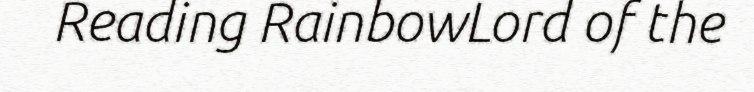
Reading RainbowLord of the